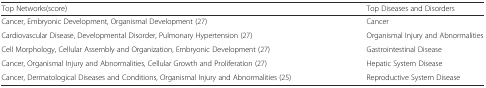
| Top Networks(score) | Top Diseases and Disorders |
 | --- | --- |
 | Cancer, Embryonic Development, Organismal Development (27) | Cancer |
 | Cardiovascular Disease, Developmental Disorder, Pulmonary Hypertension (27) | Organismal Injury and Abnormalities |
 | Cell Morphology, Cellular Assembly and Organization, Embryonic Development (27) | Gastrointestinal Disease |
 | Cancer, Organismal Injury and Abnormalities, Cellular Growth and Proliferation (27) | Hepatic System Disease |
 | Cancer, Dermatological Diseases and Conditions, Organismal Injury and Abnormalities (25) | Reproductive System Disease |